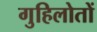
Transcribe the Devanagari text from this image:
गुहिलोतों